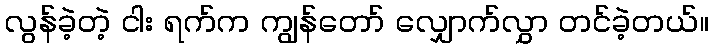
လွန်ခဲ့တဲ့ ငါး ရက်က ကျွန်တော် လျှောက်လွှာ တင်ခဲ့တယ်။